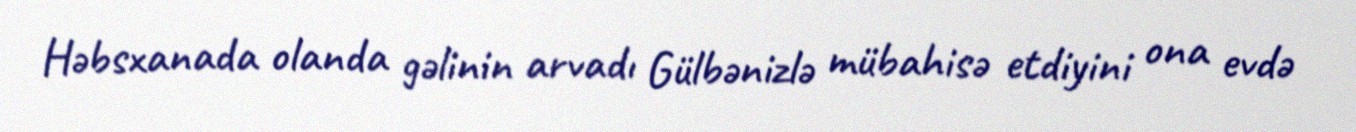
Həbsxanada olanda gəlinin arvadı Gülbənizlə mübahisə etdiyini ona evdə